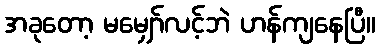
အခုတော့ မမျှော်လင့်ဘဲ ဟန်ကျနေပြီ။